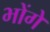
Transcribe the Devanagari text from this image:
भोंगे